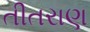
તીતરાણ